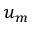
u _ { m }